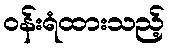
ဝန်းရံထားသည့်